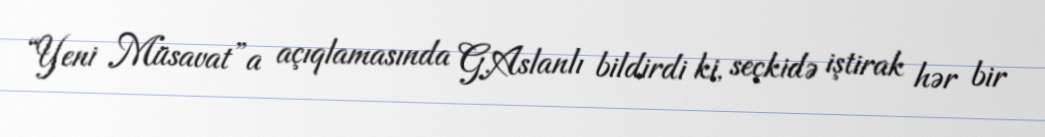
“Yeni Müsavat”a açıqlamasında G.Aslanlı bildirdi ki, seçkidə iştirak hər bir